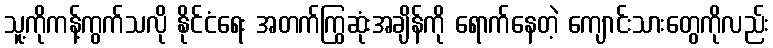
သူ့ကိုကန့်ကွက်သလို နိုင်ငံရေး အတက်ကြွဆုံးအချိန်ကို ရောက်နေတဲ့ ကျောင်းသားတွေကိုလည်း